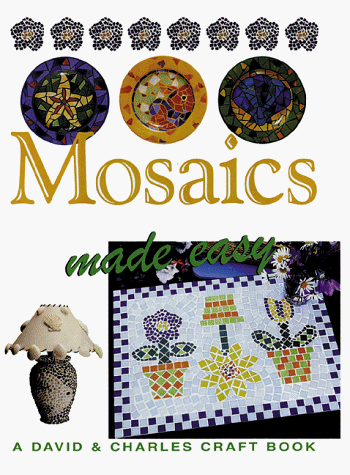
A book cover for Mosaics Made Easy (Crafts Made Easy); Susan Penny; Arts & Photography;